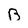
Character: B